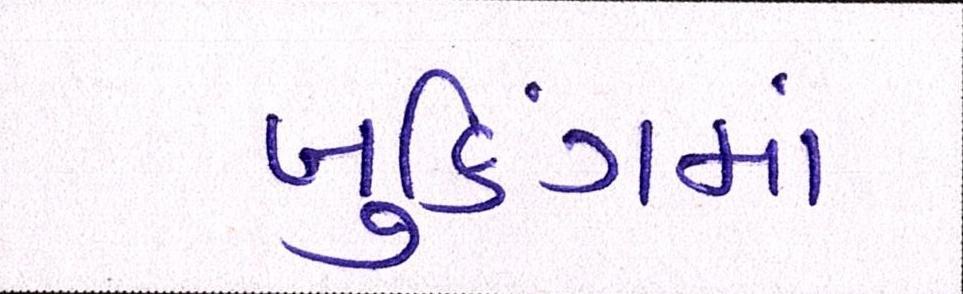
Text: બુકિંગમાં